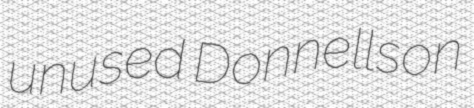
unused Donnellson